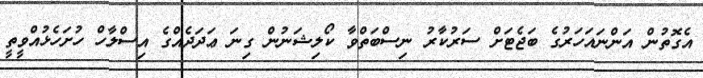
އެގޮތުން އަންނައަހަރުގެ ބަޖެޓަށް ސަރުކާރު ނިސްބަތްވާ ކޯލިޝަނުން ގިނަ ޢަދަދެއްގެ އިސްލާހް ހުށަހެޅުއްވީތީ